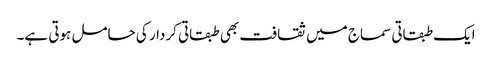
ایک طبقاتی سماج میں ثقافت بھی طبقاتی کردار کی حامل ہوتی ہے۔